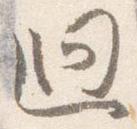
廻